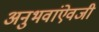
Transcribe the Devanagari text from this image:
अनुभवांऐवजी